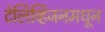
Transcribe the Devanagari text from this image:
टेलिव्हिजनमधून